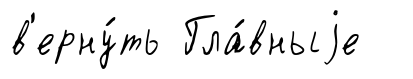
в'ерну́ть Гла́вныjе